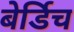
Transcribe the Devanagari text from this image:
बेर्डिच